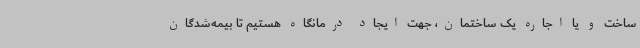
ساخت و یا اجاره یک ساختمان، جهت ایجاد درمانگاه هستیم تا بیمه‌شدگان